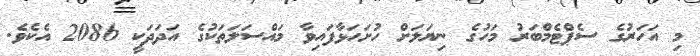
މި އަހަރުގެ ސެޕްޓެމްބަރު މަހުގެ ނިޔަލަށް ހުށަހަޅާފައިވާ މައްސަލަތަކުގެ އަދަދަކީ 2086 އެކެވެ.